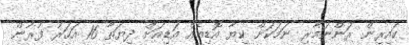
ކައިރިން ރަންނަމާރި ނަމަކަށް ކިޔާ އޮޑިއެއް އަޑިއަށް ދިޔަތާ 16 އަހަރު ފުރުން